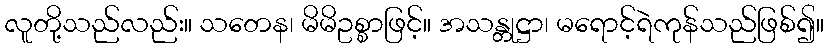
လူတို့သည်လည်း။ သတေန၊ မိမိဥစ္စာဖြင့်။ အသန္တုဋ္ဌာ၊ မရောင့်ရဲကုန်သည်ဖြစ်၍။